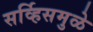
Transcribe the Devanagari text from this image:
सर्व्हिसमुळे